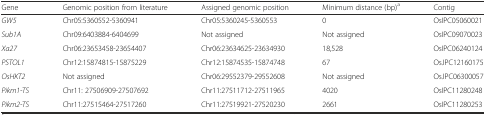
| Gene | Genomic position from literature | Assigned genomic position | Minimum distance (bp)a | Contig |
 | --- | --- | --- | --- | --- |
 | GW5 | Chr05:5360552-5360941 | Chr05:5360245-5360553 | 0 | OsIPC05060021 |
 | Sub1A | Chr09:6403884-6404699 | Not assigned | Not assigned | OsIPC09070023 |
 | Xa27 | Chr06:23653458-23654407 | Chr06:23634625-23634930 | 18,528 | OsIPC06240124 |
 | PSTOL1 | Chr12:15874815-15875229 | Chr12:15874535-15874748 | 67 | OsJPC12160175 |
 | OsHKT2 | Not assigned | Chr06:29552379-29552608 | Not assigned | OsJPC06300057 |
 | Pikm1-TS | Chr11: 27506909-27507692 | Chr11:27511712-27511965 | 4020 | OsIPC11280248 |
 | Pikm2-TS | Chr11:27515464-27517260 | Chr11:27519921-27520230 | 2661 | OsIPC11280253 |